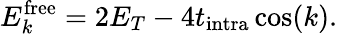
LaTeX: E_{k}^{\textrm{free}}=2E_{T}-4t_{\textrm{intra}}\cos(k).